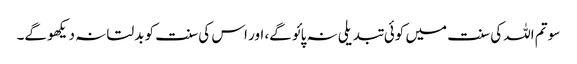
سو تم اللہ کی سنت میں کوئی تبدیلی نہ پائو گے، اور اس کی سنت کو بدلتا نہ دیکھو گے۔